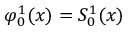
\varphi _ { 0 } ^ { 1 } ( x ) = S _ { 0 } ^ { 1 } ( x )